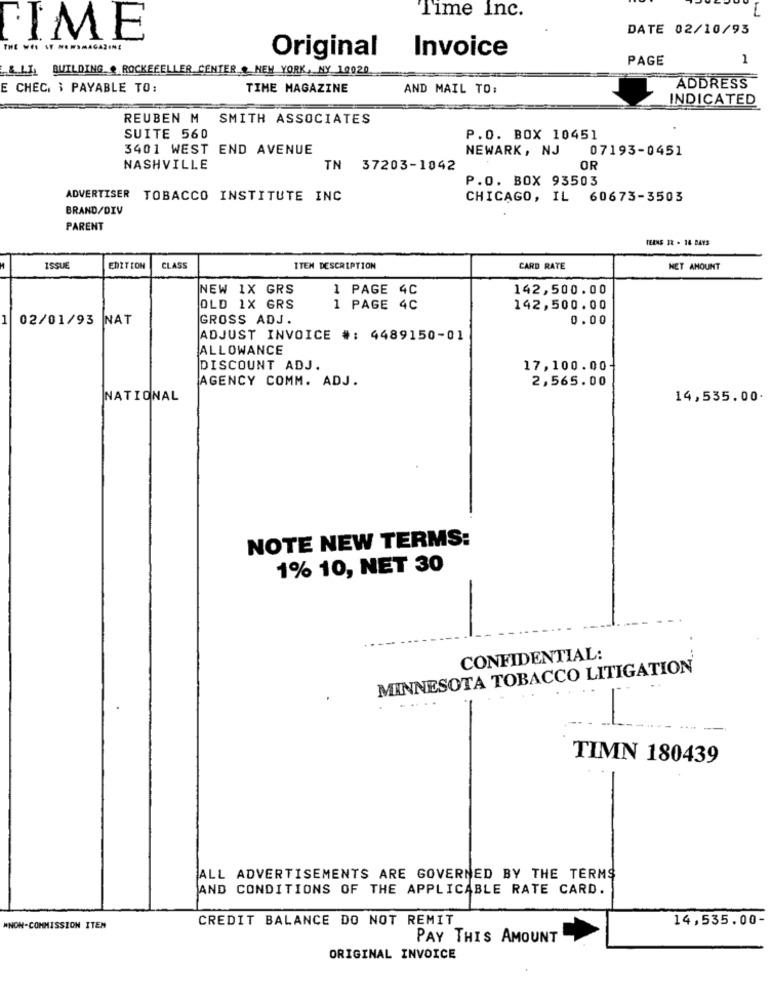
Time Inc.
DATE 02/10/93
TIME
Invoice
Original
PAGE
1
& LI, BUILDING . ROCKEFELLER CENTER & NEW YORK, NY 10020
E CHEC. i PAYABLE TO:
TIME MAGAZINE
AND MAIL TO:
ADDRESS
INDICATED
REUBEN M
SMITH ASSOCIATES
SUITE 560
P.O. BOX 10451
3401 WEST END AVENUE
NEWARK , NJ
07193-0451
NASHVILLE
TN 37203-1042
OR
P.O. BOX 93503
ADVERTISER TOBACCO INSTITUTE INC
CHICAGO, IL 60673-3503
BRAND/DIV
PARENT
TEENS IE . 14 DAYS
ISSUE
EDITION
CLASS
ITEM DESCRIPTION
CARD RATE
NET AMOUNT
NEW 1X GRS
1 PAGE 4C
142,500.00
OLD 1X GRS
1 PAGE 4C
142,500.00
1
02/01/93 NAT
GROSS ADJ.
0.00
ADJUST INVOICE #: 4489150-01
ALLOWANCE
DISCOUNT ADJ.
17,100.00-
AGENCY COMM. ADJ.
2,565.00
NATIONAL
14,535.00.
NOTE NEW TERMS:
1% 10, NET 30
CONFIDENTIAL:
MINNESOTA TOBACCO LITIGATION
.....
TIMN 180439
ALL ADVERTISEMENTS ARE GOVERNED BY THE TERMS
AND CONDITIONS OF THE APPLICABLE RATE CARD.
CREDIT BALANCE DO NOT REMIT
14,535.00-
WNON-COMMISSION ITEM
PAY THIS AMOUNT
ORIGINAL INVOICE